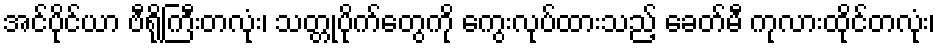
အင်ပိုင်ယာ ဗီရိုကြီးတလုံး၊ သတ္တုပိုက်တွေကို ကွေးလုပ်ထားသည့် ခေတ်မီ ကုလားထိုင်တလုံး၊